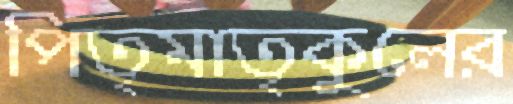
পিতৃমাতৃকুলের